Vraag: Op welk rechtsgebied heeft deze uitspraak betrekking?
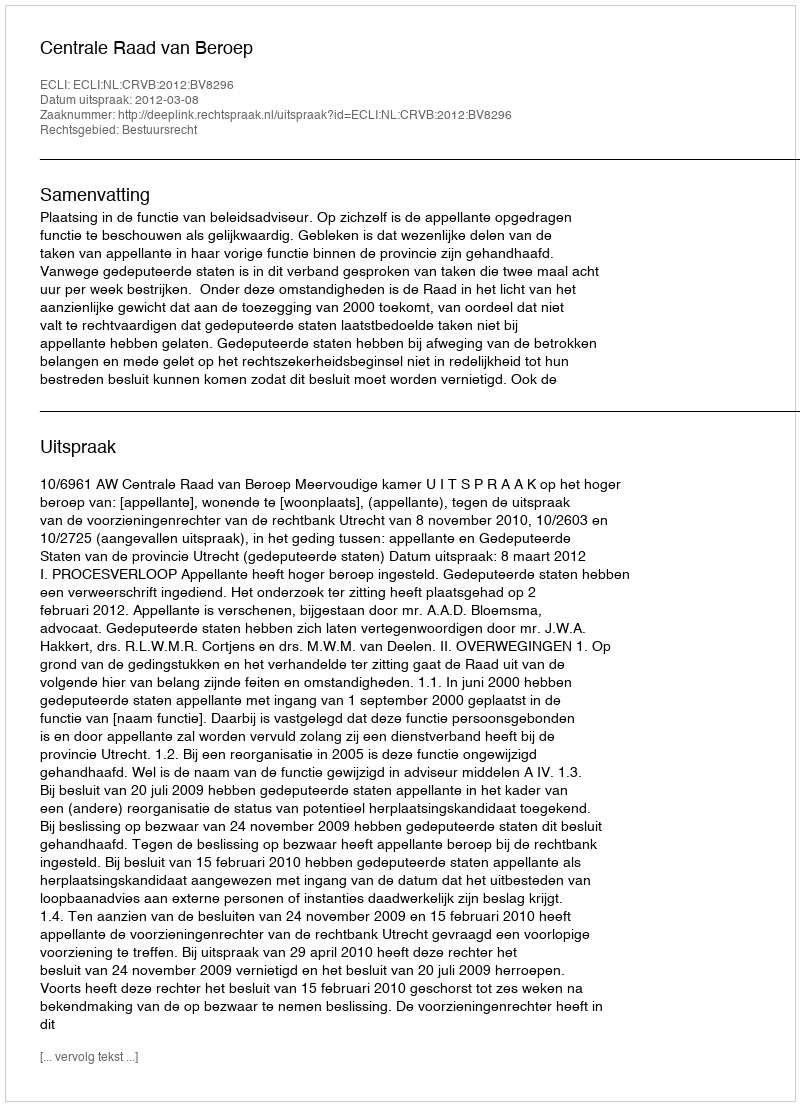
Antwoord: Bestuursrecht